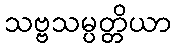
သဗ္ဗသမ္ပတ္တိယာ